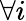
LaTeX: \forall i